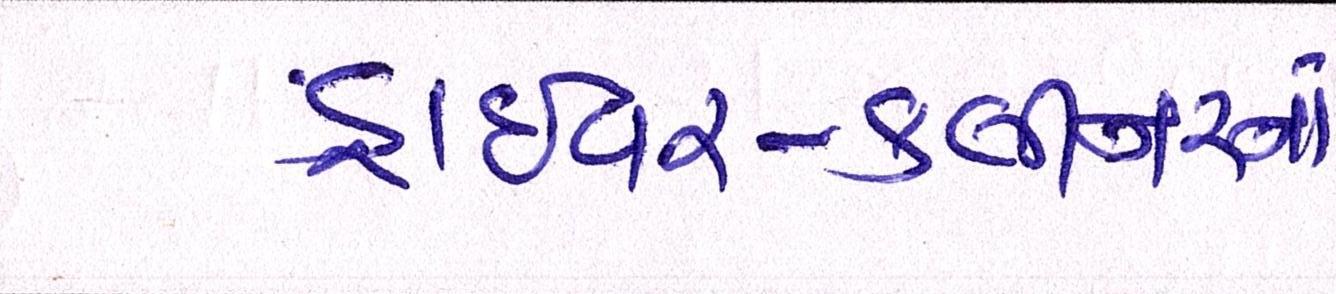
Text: ડ્રાઈવર-ક્લીનરનાં